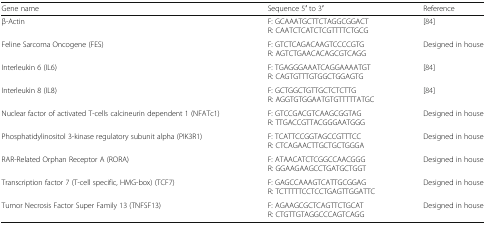
<table><thead><tr><td><b>Gene name</b></td><td><b>Sequence 5′ to 3′</b></td><td><b>Reference</b></td></tr></thead><tbody><tr><td>β-Actin</td><td>F: GCAAATGCTTCTAGGCGGACTR: CAATCTCATCTCGTTTTCTGCG</td><td>[84]</td></tr><tr><td>Feline Sarcoma Oncogene (FES)</td><td>F: GTCTCAGACAAGTCCCCGTGR: AGTCTGAACACAGCGTCAGG</td><td>Designed in house</td></tr><tr><td>Interleukin 6 (IL6)</td><td>F: TGAGGGAAATCAGGAAAATGTR: CAGTGTTTGTGGCTGGAGTG</td><td>[84]</td></tr><tr><td>Interleukin 8 (IL8)</td><td>F: GCTGGCTGTTGCTCTCTTGR: AGGTGTGGAATGTGTTTTTATGC</td><td>[84]</td></tr><tr><td>Nuclear factor of activated T-cells calcineurin dependent 1 (NFATc1)</td><td>F: GTCCGACGTCAAGCGGTAGR: TTGACCGTTACGGGAATGGG</td><td>Designed in house</td></tr><tr><td>Phosphatidylinositol 3-kinase regulatory subunit alpha (PIK3R1)</td><td>F: TCATTCCGGTAGCCGTTTCCR: CTCAGAACTTGCTGCTGGGA</td><td>Designed in house</td></tr><tr><td>RAR-Related Orphan Receptor A (RORA)</td><td>F: ATAACATCTCGGCCAACGGGR: GGAAGAAGCCTGATGCTGGT</td><td>Designed in house</td></tr><tr><td>Transcription factor 7 (T-cell specific, HMG-box) (TCF7)</td><td>F: GAGCCAAAGTCATTGCGGAGR: TCTTTTTCCTCCTGAGTTGGATTC</td><td>Designed in house</td></tr><tr><td>Tumor Necrosis Factor Super Family 13 (TNFSF13)</td><td>F: AGAAGCGCTCAGTTCTGCATR: CTGTTGTAGGCCCAGTCAGG</td><td>Designed in house</td></tr></tbody></table>